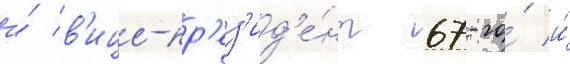
и́ в'ице-пр'ез'ид'е́нт 67-го́ и́